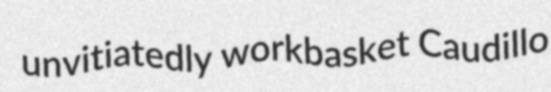
unvitiatedly workbasket Caudillo